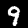
Label: 9